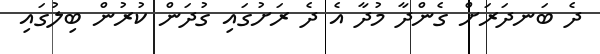
ދެ ބަނދަރަށް ގެންދާ މުދާ އެ ދެ ރަށުގައި ގުދަން ކުރުން ބިލުގައި